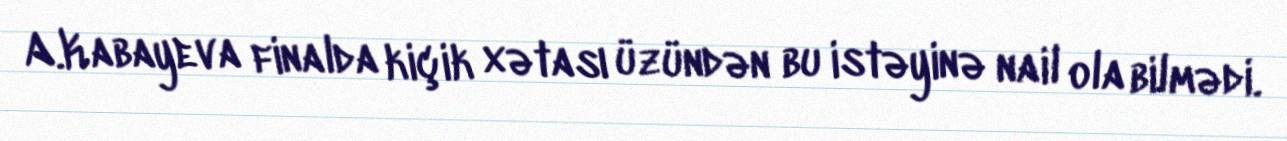
A.Kabayeva finalda kiçik xətası üzündən bu istəyinə nail ola bilmədi.